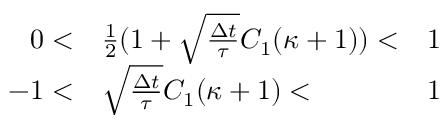
\begin{array} { r l r } { 0 < } & { { } \frac { 1 } { 2 } ( 1 + \sqrt { \frac { \Delta t } { \tau } } C _ { 1 } ( \kappa + 1 ) ) < } & { 1 } \\ { - 1 < } & { { } \sqrt { \frac { \Delta t } { \tau } } C _ { 1 } ( \kappa + 1 ) < } & { 1 } \end{array}